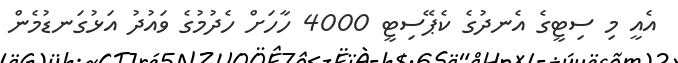
އެއީ މި ސިޓީގެ އެނދުގެ ކެޕޭސިޓީ 4000 ހާހަށް ހެދުމުގެ ވައުދު އަޅުގަނޑުމެން